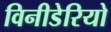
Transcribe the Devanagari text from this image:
विनीडेरियो